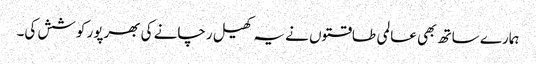
ہمارے ساتھ بھی عالمی طاقتوں نے یہ کھیل رچانے کی بھرپور کوشش کی۔